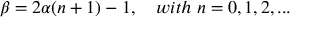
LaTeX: \beta = 2 \alpha ( n + 1 ) - 1 , \quad w i t h \; n = 0 , 1 , 2 , . . .